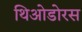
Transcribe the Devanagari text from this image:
थिओडोरस